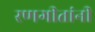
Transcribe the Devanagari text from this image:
रणगीतांनी